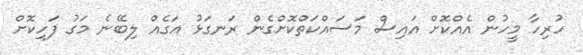
ހުރިހާ މީހުން އެއްކޮށް އައިސް މަސައްކަތްކޮށްގެން ރަނގަޅު އަގެއް ލިބޭނެ މަގު ފަހިކޮށް